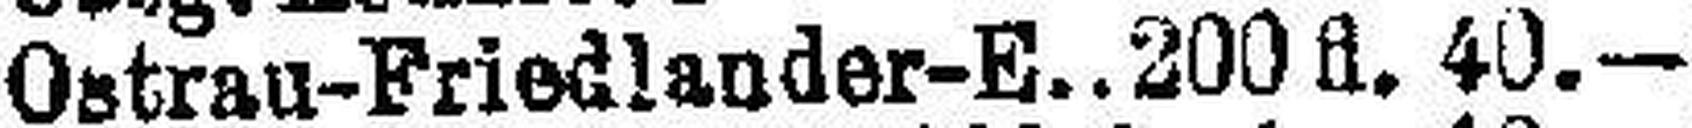
Ostrau-Friedlander-E. 200 fl. 40.—